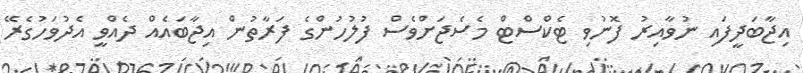
އިޖާބަދީފައި ނުވާއިރު ފޮނުވި ޓެކްސްޓް މެސެޖަށްވެސް ފުލުހުންގެ ފަރާތުން އިޖާބައެއް ދެއްވީ އެދުވަހުގެރޭ